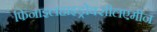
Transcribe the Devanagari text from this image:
फिनाइलहाइड्रोक्सीलएमीन